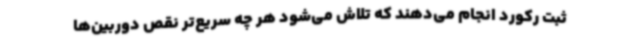
ثبت رکورد انجام می‌دهند که تلاش می‌شود هر چه سریع‌تر نقص دوربین‌ها